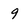
Character: 9